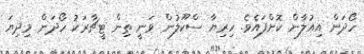
ހޯދަން އިއުލާން ކޮށްފައެވެ. ހިރިޔާ ސްކޫލުން ވަނީ ތިން ޓީޗާރަކު ހޯދަން މިދިޔަ